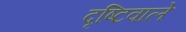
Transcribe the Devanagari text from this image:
दृष्टिवाले